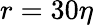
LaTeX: r=30\eta